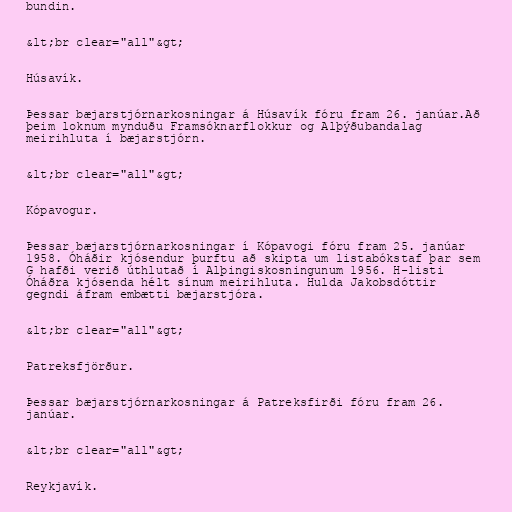
bundin.

&lt;br clear="all"&gt;

Húsavík.

Þessar bæjarstjórnarkosningar á Húsavík fóru fram 26. janúar.Að
þeim loknum mynduðu Framsóknarflokkur og Alþýðubandalag
meirihluta í bæjarstjórn.

&lt;br clear="all"&gt;

Kópavogur.

Þessar bæjarstjórnarkosningar í Kópavogi fóru fram 25. janúar
1958. Óháðir kjósendur þurftu að skipta um listabókstaf þar sem
G hafði verið úthlutað í Alþingiskosningunum 1956. H-listi
Óháðra kjósenda hélt sínum meirihluta. Hulda Jakobsdóttir
gegndi áfram embætti bæjarstjóra.

&lt;br clear="all"&gt;

Patreksfjörður.

Þessar bæjarstjórnarkosningar á Patreksfirði fóru fram 26.
janúar.

&lt;br clear="all"&gt;

Reykjavík.